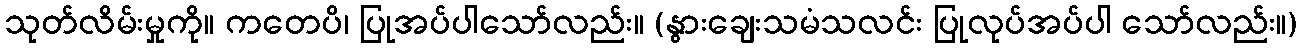
သုတ်လိမ်းမှုကို။ ကတေပိ၊ ပြုအပ်ပါသော်လည်း။ (နွားချေးသမံသလင်း ပြုလုပ်အပ်ပါ သော်လည်း။)